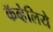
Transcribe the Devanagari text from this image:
कॅव्हेलिये